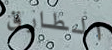
الطارق